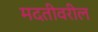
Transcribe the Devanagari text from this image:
मदतीवरील